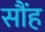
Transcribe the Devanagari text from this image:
सौंह